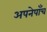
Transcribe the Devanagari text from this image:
अपनेपाँच